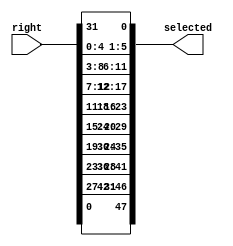
//E function
//Leor Brenner

`default_nettype none

module e_function (
    input wire [31:0] right,
    output wire [47:0] selected
);

assign selected[0] = right[31];   
assign selected[1] = right[0]; 
assign selected[2] = right[1]; 
assign selected[3] = right[2]; 
assign selected[4] = right[3]; 
assign selected[5] = right[4];
assign selected[6] = right[3];
assign selected[7] = right[4];
assign selected[8] = right[5];
assign selected[9] = right[6];
assign selected[10] = right[7];
assign selected[11] = right[8];
assign selected[12] = right[7];
assign selected[13] = right[8];
assign selected[14] = right[9];
assign selected[15] = right[10];
assign selected[16] = right[11];
assign selected[17] = right[12];
assign selected[18] = right[11];
assign selected[19] = right[12];
assign selected[20] = right[13];
assign selected[21] = right[14];
assign selected[22] = right[15];
assign selected[23] = right[16];
assign selected[24] = right[15];
assign selected[25] = right[16];
assign selected[26] = right[17];
assign selected[27] = right[18];
assign selected[28] = right[19];
assign selected[29] = right[20];
assign selected[30] = right[19];
assign selected[31] = right[20];
assign selected[32] = right[21];
assign selected[33] = right[22];
assign selected[34] = right[23];
assign selected[35] = right[24];
assign selected[36] = right[23];
assign selected[37] = right[24];
assign selected[38] = right[25];
assign selected[39] = right[26];
assign selected[40] = right[27];
assign selected[41] = right[28];
assign selected[42] = right[27];
assign selected[43] = right[28];
assign selected[44] = right[29];
assign selected[45] = right[30];
assign selected[46] = right[31];
assign selected[47] = right[0];


endmodule